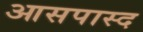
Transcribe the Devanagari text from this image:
आसपास्द